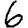
Digit: 6